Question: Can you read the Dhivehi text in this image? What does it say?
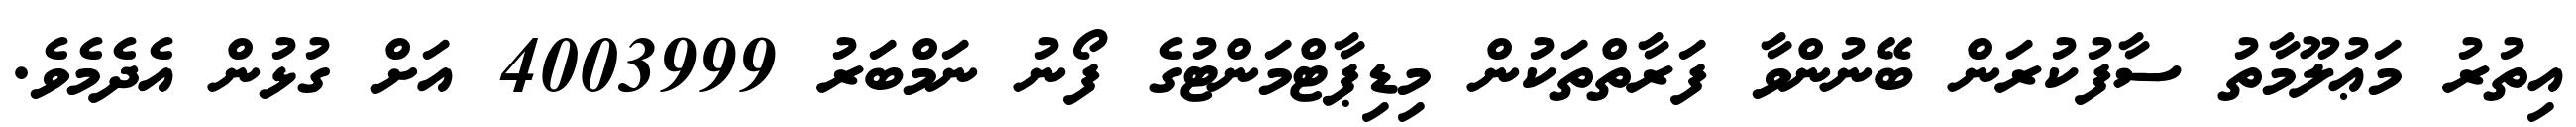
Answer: އިތުރު މަޢުލޫމާތު ސާފުކުރަން ބޭނުންވާ ފަރާތްތަކުން މިޑިޕާޓްމަންޓުގެ ފޯނު ނަމްބަރު 4003999 އަށް ގުޅުން އެދެމެވެ.